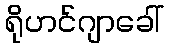
ရိုဟင်ဂျာခေါ်